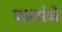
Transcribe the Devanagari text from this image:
बागांचे